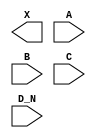
module sky130_fd_sc_ms__or4b (
    X  ,
    A  ,
    B  ,
    C  ,
    D_N
);

    output X  ;
    input  A  ;
    input  B  ;
    input  C  ;
    input  D_N;

    // Voltage supply signals
    supply1 VPWR;
    supply0 VGND;
    supply1 VPB ;
    supply0 VNB ;

endmodule